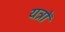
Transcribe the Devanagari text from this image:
यत्रों